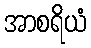
အာစရိယံ